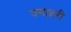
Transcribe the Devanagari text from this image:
ज्गा़द्ररी